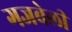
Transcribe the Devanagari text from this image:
गजबेली